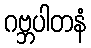
ဂဗ္ဘပါတနံ